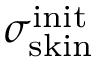
\sigma _ { \mathrm { s k i n } } ^ { \mathrm { i n i t } }